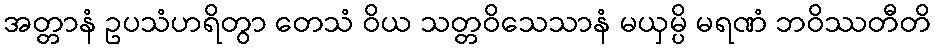
အတ္တာနံ ဥပသံဟရိတွာ တေသံ ဝိယ သတ္တဝိသေသာနံ မယှမ္ပိ မရဏံ ဘဝိဿတီတိ